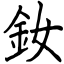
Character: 釹